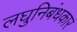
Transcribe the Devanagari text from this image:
लघुनिबंधकार